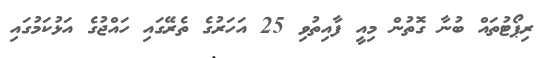
ރިޕޯޓުތައް ބުނާ ގޮތުން މިއީ ފާއިތުވި 25 އަހަރުގެ ތެރޭގައި ހައްޖުގެ އަޅުކަމުގައި